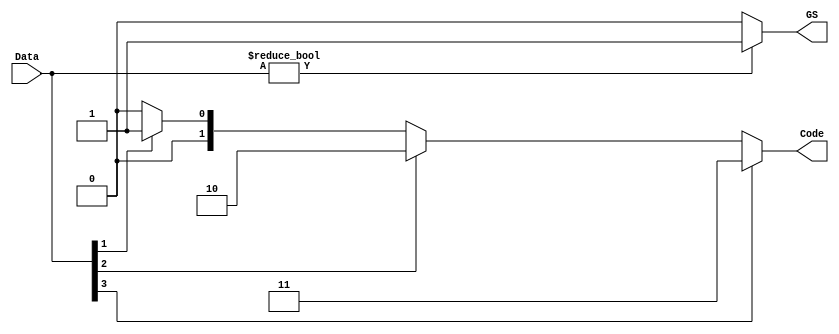
module priority_encoder(Data,Code,GS);
    input [3:0] Data;
    output reg [1:0] Code;
    output GS;
    assign GS = Data ? 1'b1 : 1'b0;
    always@(Data) begin
        if(Data[3]) Code = 2'b11;
        else if(Data[2]) Code = 2'b10;
        else if(Data[1]) Code = 2'b01;
        else if(Data[0]) Code = 2'b00;
        else Code = 2'b00;
    end      
endmodule